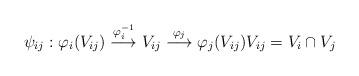
LaTeX: \begin{align*}\psi_{ij} : \varphi_i(V_{ij}) \stackrel{\varphi_i^{-1}}{\longrightarrow} V_{ij} \stackrel{\varphi_j}{\longrightarrow} \varphi_j(V_{ij}) V_{ij} = V_i \cap V_j \end{align*}